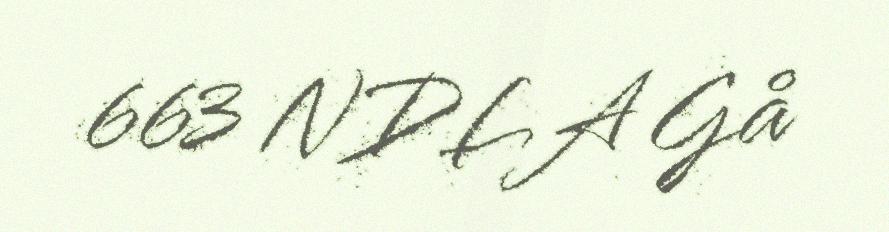
663 NDLA Gå